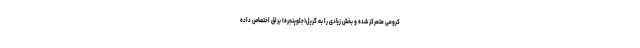
کرومی متمرکز شده و بخش زیادی را به گریل(جلوپنجره) براق اختصاص داده